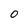
Character: 0